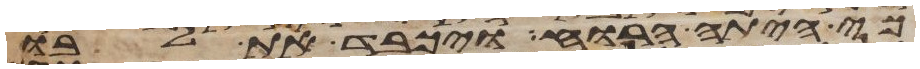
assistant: כי היתה הרוחה ויכבד את לבו